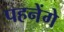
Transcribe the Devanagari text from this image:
पहनेंगे